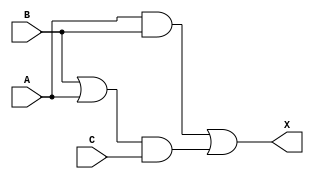
module sky130_fd_sc_hd__maj3 (
    X,
    A,
    B,
    C
);

    // Module ports
    output X;
    input  A;
    input  B;
    input  C;

    // Local signals
    wire or0_out  ;
    wire and0_out ;
    wire and1_out ;
    wire or1_out_X;

    //  Name  Output     Other arguments
    or  or0  (or0_out  , B, A              );
    and and0 (and0_out , or0_out, C        );
    and and1 (and1_out , A, B              );
    or  or1  (or1_out_X, and1_out, and0_out);
    buf buf0 (X        , or1_out_X         );

endmodule